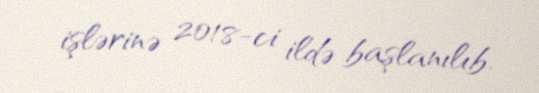
işlərinə 2018-ci ildə başlanılıb.